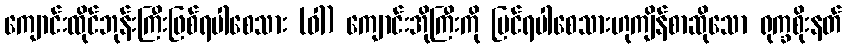
ကျောင်းထိုင်ဘုန်းကြီးဖြစ်ရပါစေသား (ဝါ) ကျောင်းအိုကြီးကို ပြင်ရပါစေသားဟုကျိန်စာဆိုသော ရုက္ခစိုးနတ်